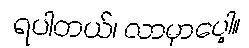
ရပါတယ်၊ လာမှာပေါ့။